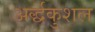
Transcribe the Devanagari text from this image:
अर्द्धकुशल